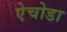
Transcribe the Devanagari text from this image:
ऐचोडा